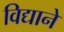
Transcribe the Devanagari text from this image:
विद्याने